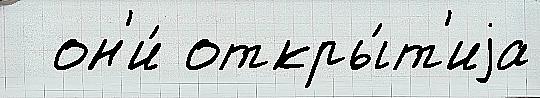
  он'и́ откры́т'иjа